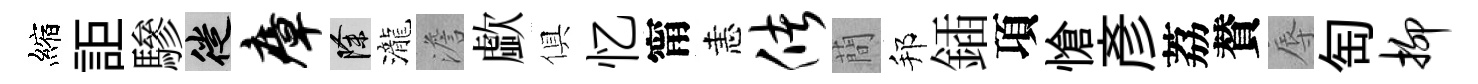
縮詎驂徙瘴除瀧澹歔俱忆甯恚储蕳邦鍤項愴彥荔賛辱匋抑